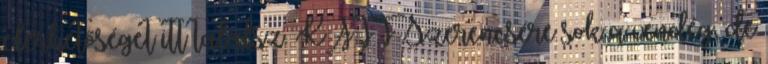
elérhetőséget itt találsz. KATT Szerencsére sok a vendég, de